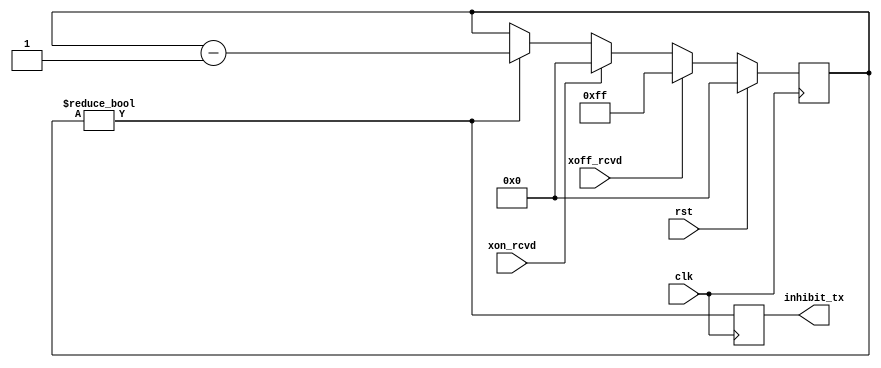
//
// Copyright 2011 Ettus Research LLC
//
// This program is free software: you can redistribute it and/or modify
// it under the terms of the GNU General Public License as published by
// the Free Software Foundation, either version 3 of the License, or
// (at your option) any later version.
//
// This program is distributed in the hope that it will be useful,
// but WITHOUT ANY WARRANTY; without even the implied warranty of
// MERCHANTABILITY or FITNESS FOR A PARTICULAR PURPOSE.  See the
// GNU General Public License for more details.
//
// You should have received a copy of the GNU General Public License
// along with this program.  If not, see <http://www.gnu.org/licenses/>.
//



module serdes_fc_tx
  (input clk, input rst,
   input xon_rcvd, input xoff_rcvd, output reg inhibit_tx);

   // XOFF means stop sending, XON means start sending
   // clock domain stuff happens elsewhere, everything here is on main clk

   reg [15:0] state;
   always @(posedge clk)
     if(rst)
       state <= 0;
     else if(xoff_rcvd)
       state <= 255;
     else if(xon_rcvd)
       state <= 0;
     else if(state !=0)
       state <= state - 1;

   always @(posedge clk)
     inhibit_tx <= (state != 0);
   
endmodule // serdes_fc_tx